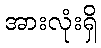
အားလုံးရှိ